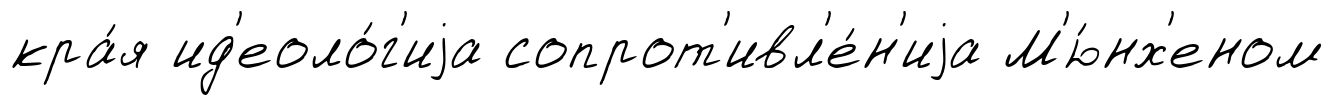
кра́я ид'еоло́г'иjа сопрот'ивл'е́н'иjа М'ю́нх'еном